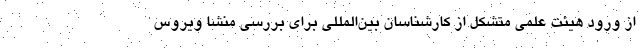
از ورود هیئت علمی متشکل از کارشناسان بین‌المللی برای بررسی منشا ویروس